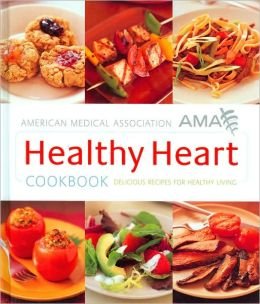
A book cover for Healthy Heart Cookbook; American Medical Association (AMA); Health, Fitness & Dieting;